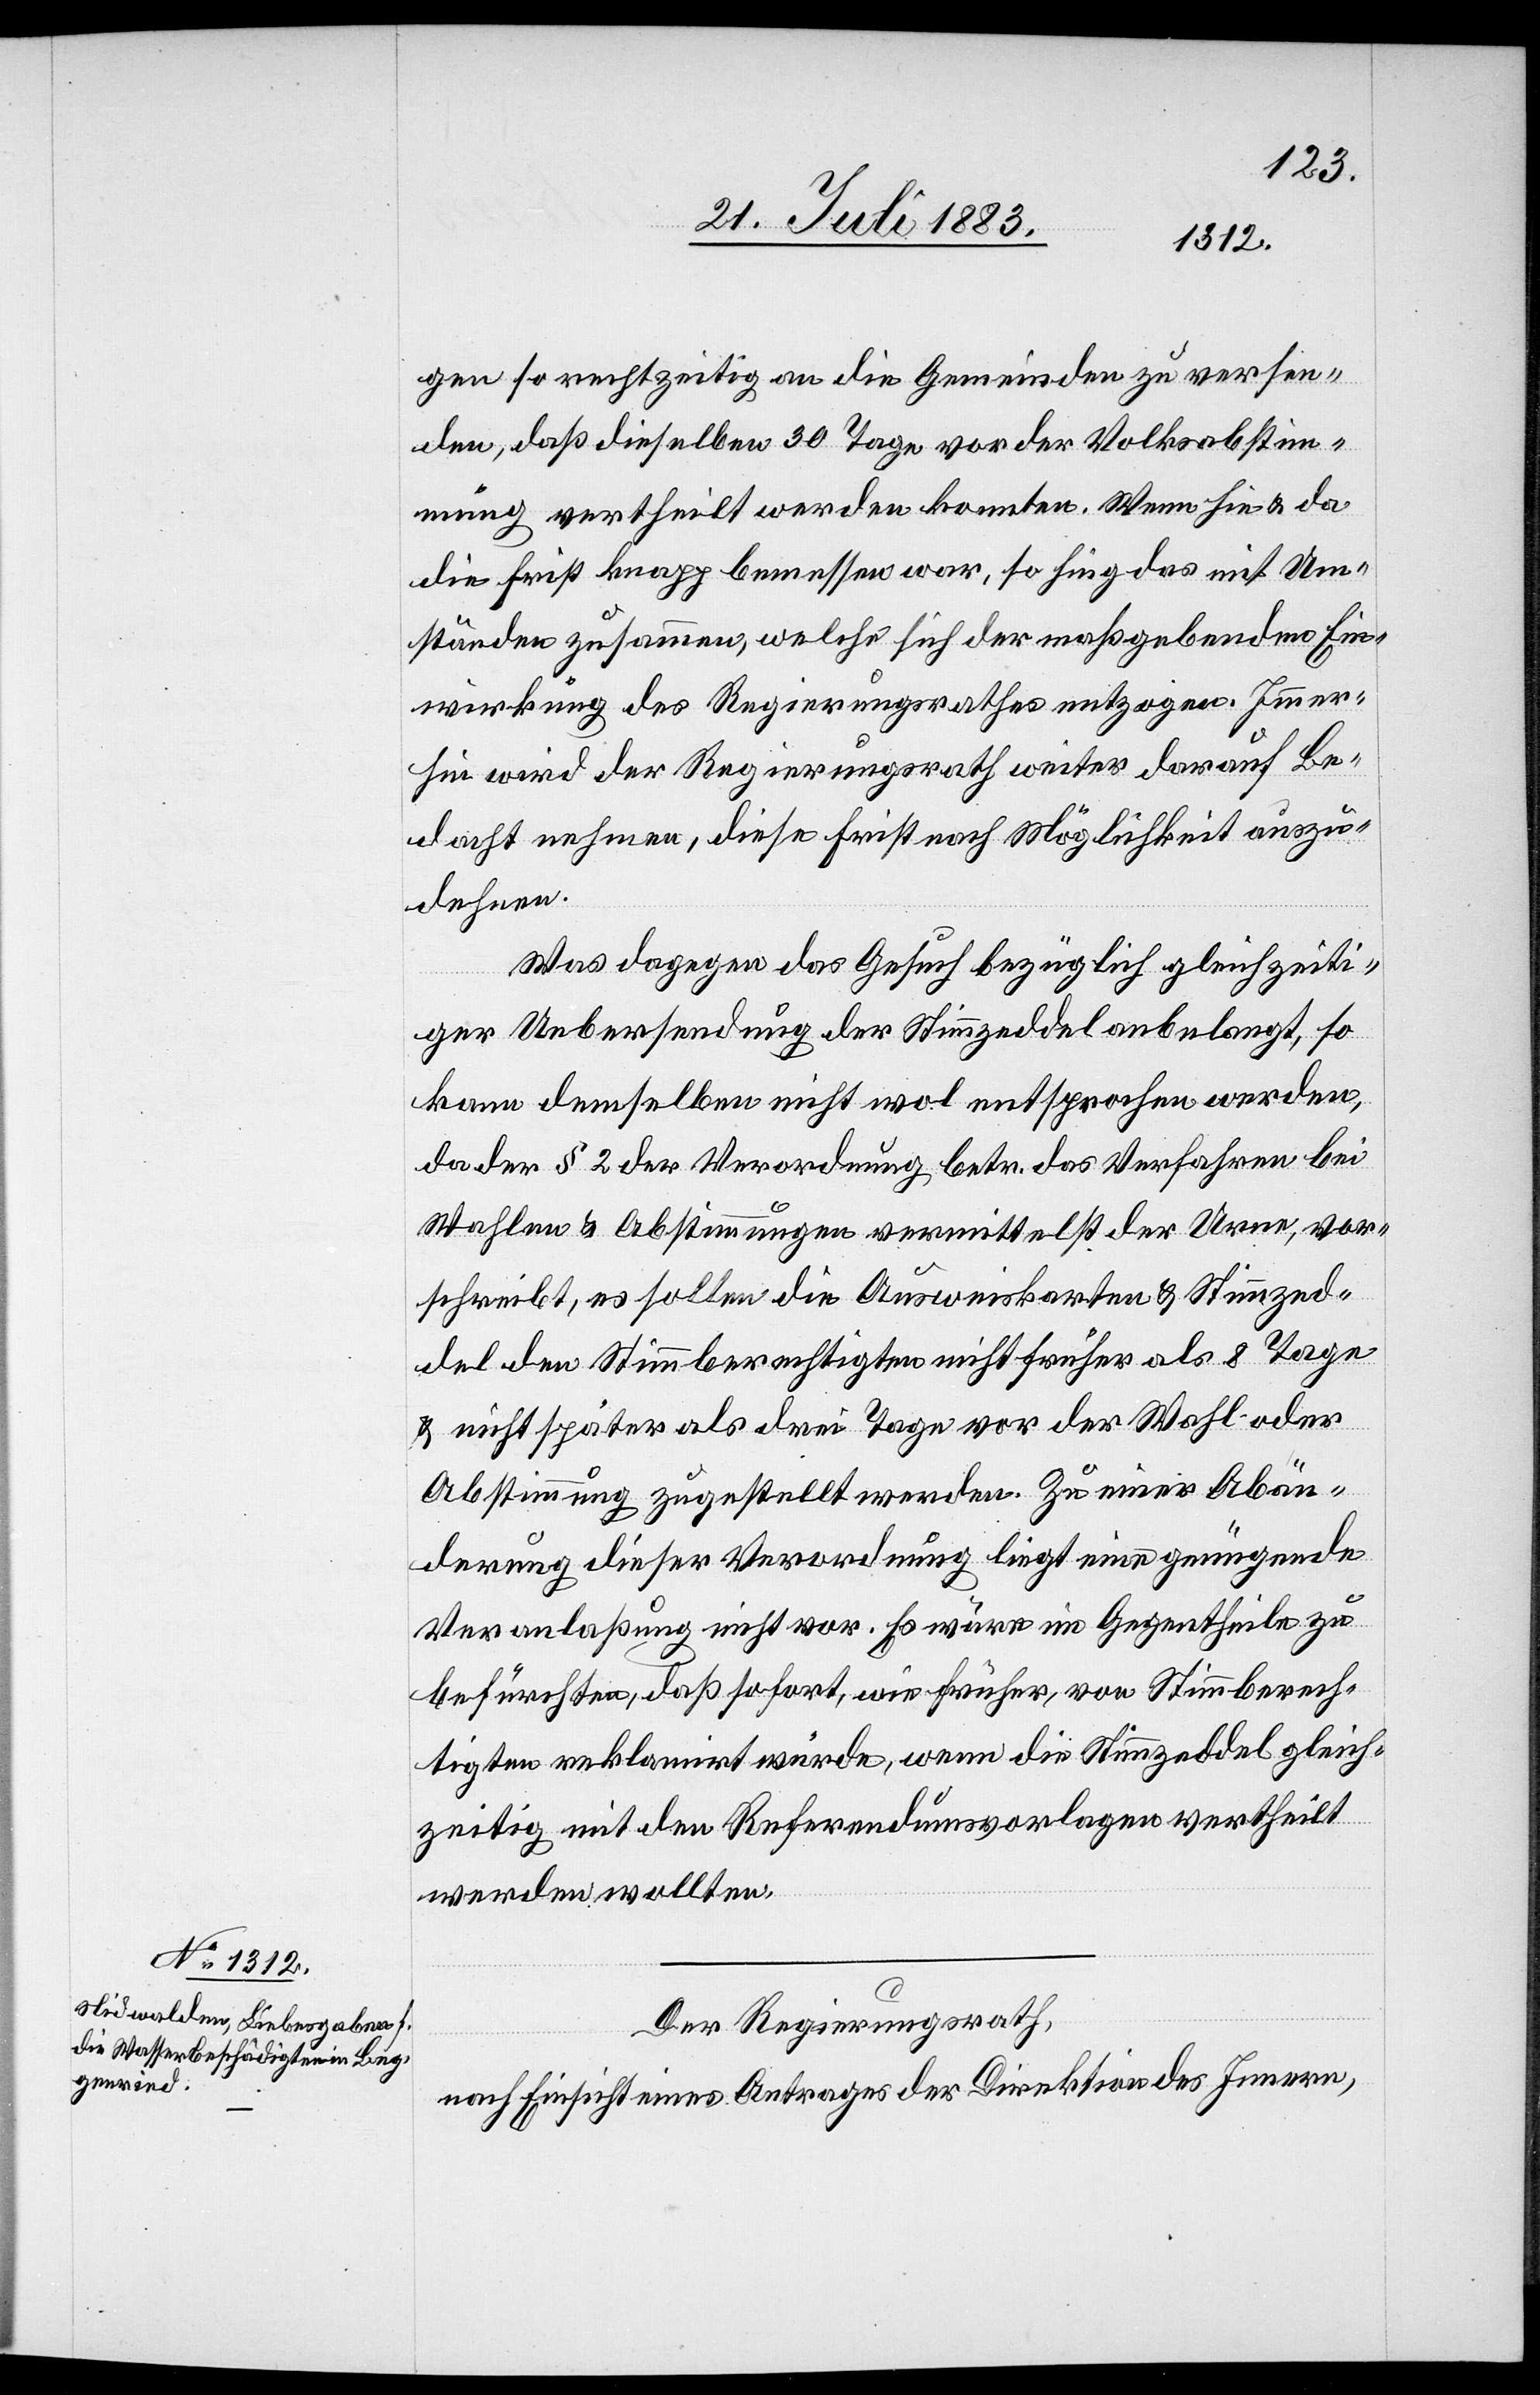
gen so rechtzeitig an die Gemeinden zu versen¬
den, daß dieselben 30 Tage vor der Volksabstim¬
mung vertheilt werden konnten. Wenn hie & da
die Frist knapp bemessen war, so hing das mit Um¬
ständen zusammen, welche sich der maßgebenden Ein¬
wirkung des Regierungsrathes entzogen. Immer¬
hin wird der Regierungsrath weiter darauf be¬
dacht nehmen, diese Frist nach Möglichkeit auszu¬
dehnen.
Was dagegen das Gesuch bezüglich gleichzeiti¬
ger Uebersendung der Stimmzeddel anbelange, so
kann demselben nicht wol entsprochen werden,
da der § 2 der Verordnung betr. das Verfahren bei
Wahlen & Abstimmungen vermittelst der Urne, vor¬
schreibt, es sollen die Ausweiskarten & Stimmzed¬
del den Stimmberechtigten nicht früher als 8 Tage
& nicht später als drei Tage vor der Wahl oder
Abstimmung zugestellt werden. Zu einer Abän¬
derung dieser Verordnung liegt eine genügende
Veranlaßung nicht vor. Es wäre im Gegentheil zu
befürchten, daß sofort, wie früher, von Stimmberech¬
tigten reklamirt würde, wenn die Stimmzeddel gleich¬
zeitig mit den Referendumsvorlagen vertheilt
werden wollten.
Der Regierungsrath,
nach Einsicht eines Antrages der Direktion des Innern,